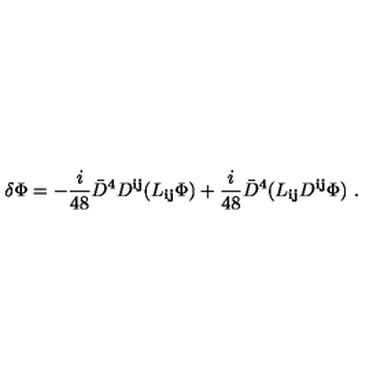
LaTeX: \delta \Phi = - \frac { i } { 4 8 } { \bar { D } } ^ { 4 } D ^ { { \mathbf i } { \mathbf j } } ( L _ { { \mathbf i } { \mathbf j } } \Phi ) + \frac { i } { 4 8 } { \bar { D } } ^ { 4 } ( L _ { { \mathbf i } { \mathbf j } } D ^ { { \mathbf i } { \mathbf j } } \Phi ) \ .